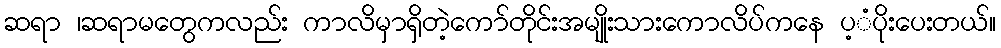
ဆရာ ၊ဆရာမတွေကလည်း ကာလိမှာရှိတဲ့ကော်တိုင်းအမျိုးသားကောလိပ်ကနေ ပ့ံပိုးပေးတယ်။